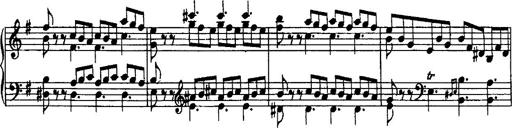
Title: Rondo di bravura
Composer: Franz Liszt